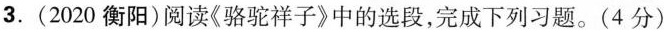
3.(2020衡阳)阅读《骆驼祥子》中的选段，完成下列习题。(4分)